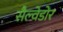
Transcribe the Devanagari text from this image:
सैल्वेडोर